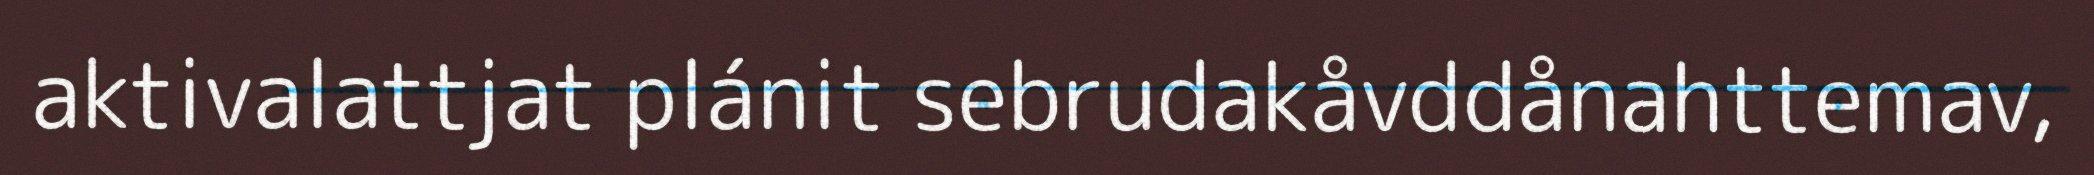
aktivalattjat plánit sebrudakåvddånahttemav,